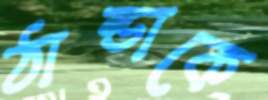
ঠান্ডাকে